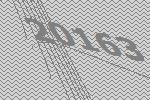
20163